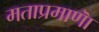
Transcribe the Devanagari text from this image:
मताप्रमाणाॆ